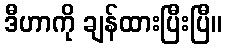
ဒီဟာကို ချန်ထားပြီးပြီ။